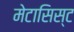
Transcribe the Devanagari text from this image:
मेटासिस्ट